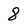
Character: 8